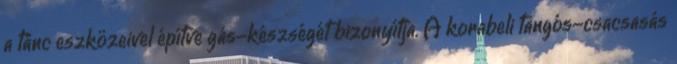
a tánc eszközeivel építve gás-készségét bizonyítja. A korabeli tangós-csacsasás